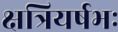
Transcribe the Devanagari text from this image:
क्षत्रियर्षभः